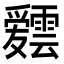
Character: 𮦸